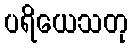
ပရိယေသတု